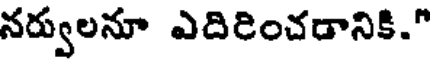
నర్వులనూ ఎదిరించడానికి."